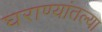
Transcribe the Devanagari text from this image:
घराण्यांतल्या